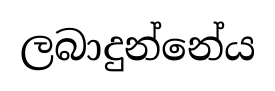
ලබාදුන්නේය